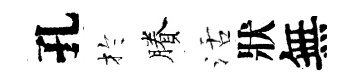
孔扵賸活狀無